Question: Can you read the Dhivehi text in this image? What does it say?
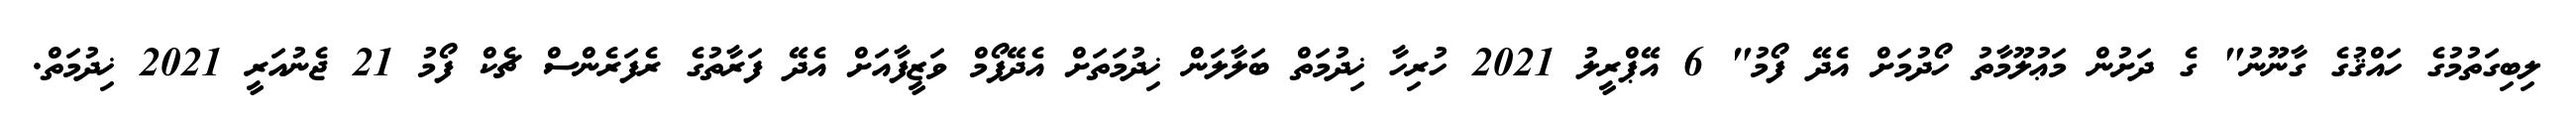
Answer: ލިބިގަތުމުގެ ހައްޤުގެ ގާނޫނު" ގެ ދަށުން މަޢުލޫމާތު ހޯދުމަށް އެދޭ ފޯމު" 6 އޭޕްރީލު 2021 ހުރިހާ ޚިދުމަތް ބަލާލަން ޚިދުމަތަށް އެދޭފޯމް ވަޒީފާއަށް އެދޭ ފަރާތުގެ ރެފަރެންސް ޗެކް ފޯމު 21 ޖެނުއަރީ 2021 ޚިދުމަތް.